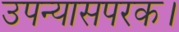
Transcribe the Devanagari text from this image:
उपन्यासपरक।